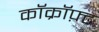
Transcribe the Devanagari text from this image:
कॉक्रॉफ़्ट